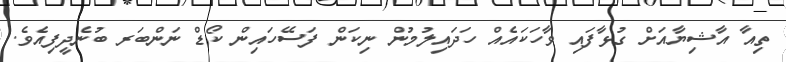
ތިއާ އާޝިޔާއަށް ގުޅާފައި ވާހަކައެއް ހަދައިލުމުން ނިކަން ފަސޭހައިން ކޯޑް ނަންބަރ ބުނެދީފިއެވެ.